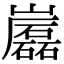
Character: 𡾷